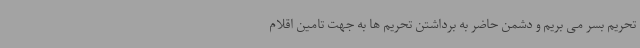
تحریم بسر می بریم و دشمن حاضر به برداشتن تحریم ها به جهت تامین اقلام